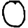
Digit: 0